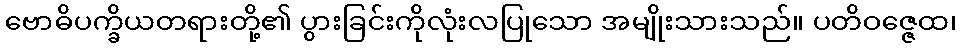
ဗောဓိပက္ခိယတရားတို့၏ ပွားခြင်းကိုလုံးလပြုသော အမျိုးသားသည်။ ပတိဝဇ္ဇေထ၊